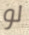
لو